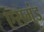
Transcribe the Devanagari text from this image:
एसमंड